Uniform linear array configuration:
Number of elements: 12
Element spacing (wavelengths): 0.5
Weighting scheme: kaiser
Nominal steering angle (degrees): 45
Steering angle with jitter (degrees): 46.379
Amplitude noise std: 0.05
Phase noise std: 0.05

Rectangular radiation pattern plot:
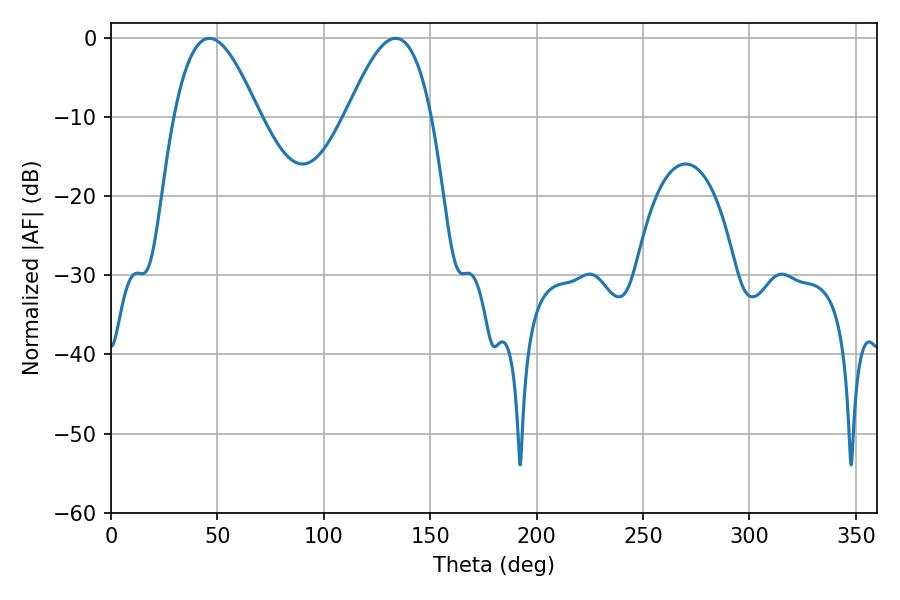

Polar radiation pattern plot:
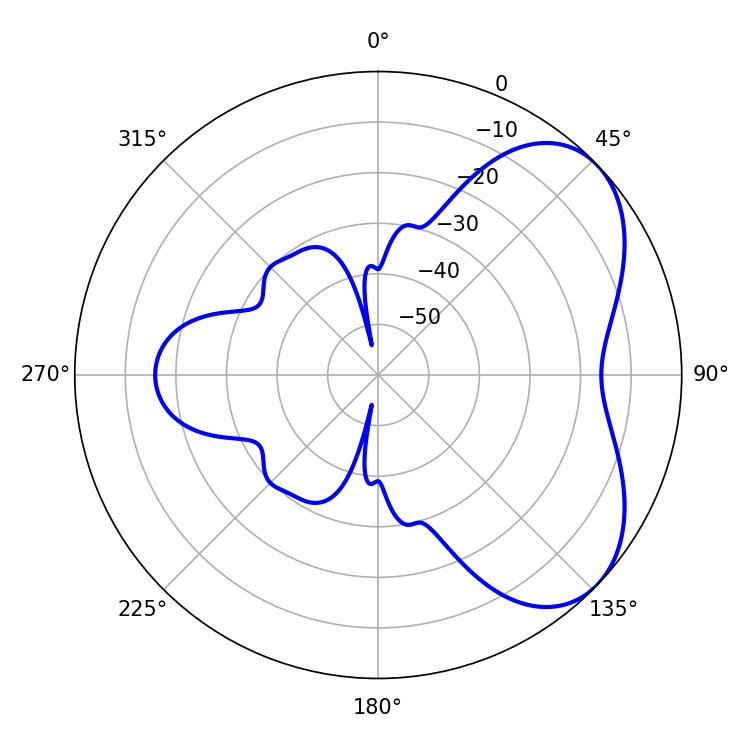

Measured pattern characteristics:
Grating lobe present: FALSE
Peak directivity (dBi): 5.151
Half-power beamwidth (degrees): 21.6
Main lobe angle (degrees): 46.26